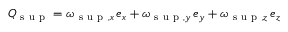
\boldsymbol { Q } _ { \mathrm { ~ s ~ u ~ p ~ } } = \omega _ { \mathrm { ~ s ~ u ~ p ~ } , x } \, \boldsymbol { e } _ { x } + \omega _ { \mathrm { ~ s ~ u ~ p ~ } , y } \, \boldsymbol { e } _ { y } + \omega _ { \mathrm { ~ s ~ u ~ p ~ } , z } \, \boldsymbol { e } _ { z }